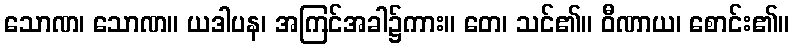
သောဏ၊ သောဏ။ ယဒါပန၊ အကြင်အခါ၌ကား။ တေ၊ သင်၏။ ဝီဏာယ၊ စောင်း၏။